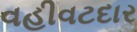
વહીવટદાર